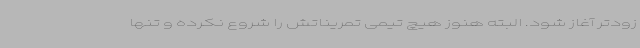
زودتر آغاز شود. البته هنوز هیچ تیمی تمریناتش را شروع نکرده و تنها